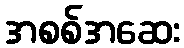
အစစ်အဆေး